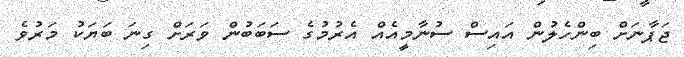
ޖަޕާނަށް ބިންހެލުން އައިސް ސުނާމީއެއް އެރުމުގެ ސަބަބުން ވަރަށް ގިނަ ބަޔަކު މަރުވެ